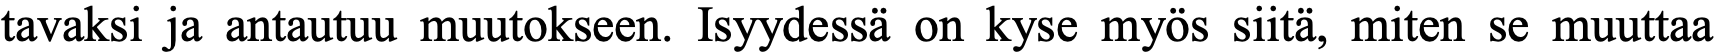
tavaksi ja antautuu muutokseen. Isyydessä on kyse myös siitä, miten se muuttaa